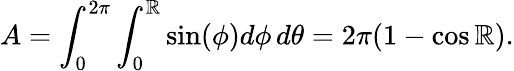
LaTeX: A=\int_{0}^{2\pi}\int_{0}^{\mathbb{R}}\sin(\phi)d\phi\, d\theta=2\pi(1-\cos\mathbb{R}).